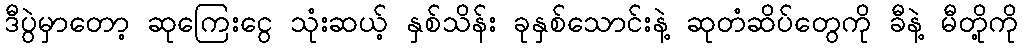
ဒီပွဲမှာတော့ ဆုကြေးငွေ သုံးဆယ့် နှစ်သိန်း ခုနှစ်သောင်းနဲ့ ဆုတံဆိပ်တွေကို ခီနဲ့ မီတို့ကို